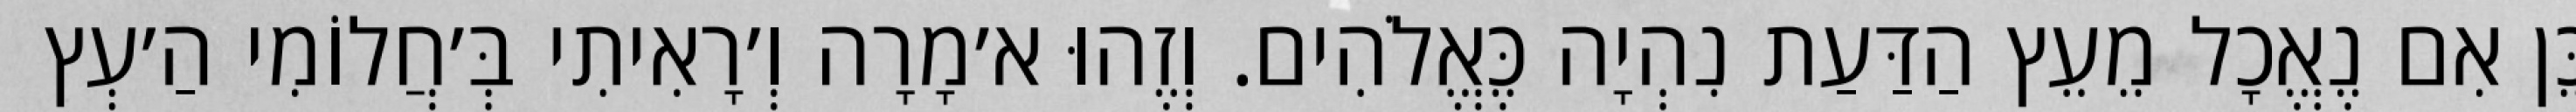
כֵּן אִם נֶאֱכָל מֵעֵץ הַדַּעַת נִהְיָה כֶּאֱלֹהִים. וְזֶהוּ א׳מָרָה וְ׳רָאִיתִי בְּ׳חֲלוֹמִי הַ׳עְץ